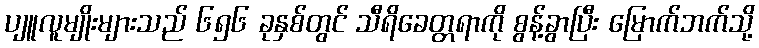
ပျူလူမျိုးများသည် ၆၅၆ ခုနှစ်တွင် သီရိခေတ္တရာကို စွန့်ခွာပြီး မြောက်ဘက်သို့